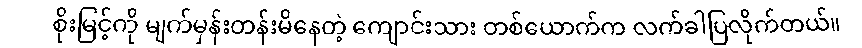
စိုးမြင့်ကို မျက်မှန်းတန်းမိနေတဲ့ ကျောင်းသား တစ်ယောက်က လက်ခါပြလိုက်တယ်။